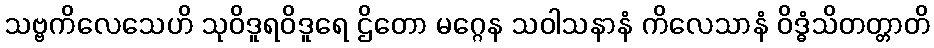
သဗ္ဗကိလေသေဟိ သုဝိဒူရဝိဒူရေ ဌိတော မဂ္ဂေန သဝါသနာနံ ကိလေသာနံ ဝိဒ္ဓံသိတတ္တာတိ